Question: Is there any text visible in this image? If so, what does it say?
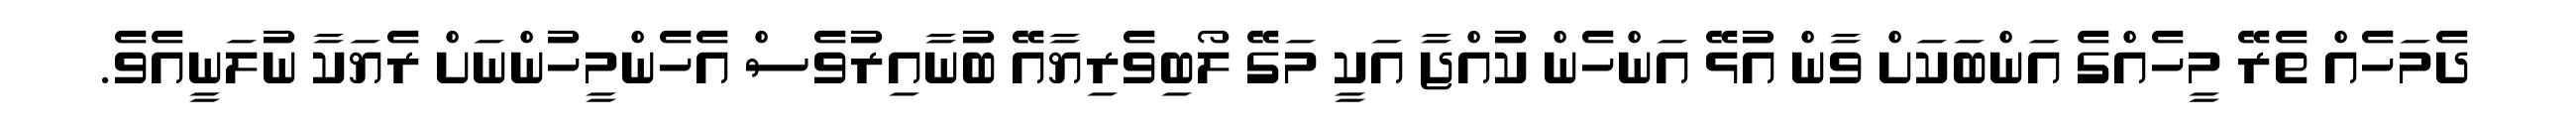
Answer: ދެމަހެއް ތެރޭ މީހެއްގެ އަންބަކަށް ވާން އުޅޭ އަންހެން ކުއްޖާ އަކީ މަގޭ ލޯބިވެރިޔާއޭ ބުނާއިރުވެސް އެހެންމީހުންނަށް ރެޔަކާ ނުލަނީއެވެ.